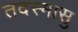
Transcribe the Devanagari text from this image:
तदस्मासु